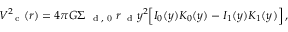
V _ { \mathrm { ~ \small ~ c ~ } } ^ { 2 } ( r ) = 4 \pi G \Sigma _ { \mathrm { ~ \scriptsize ~ d ~ , ~ 0 ~ } } r _ { \mathrm { ~ \scriptsize ~ d ~ } } y ^ { 2 } \Big [ I _ { 0 } ( y ) K _ { 0 } ( y ) - I _ { 1 } ( y ) K _ { 1 } ( y ) \Big ] \, ,